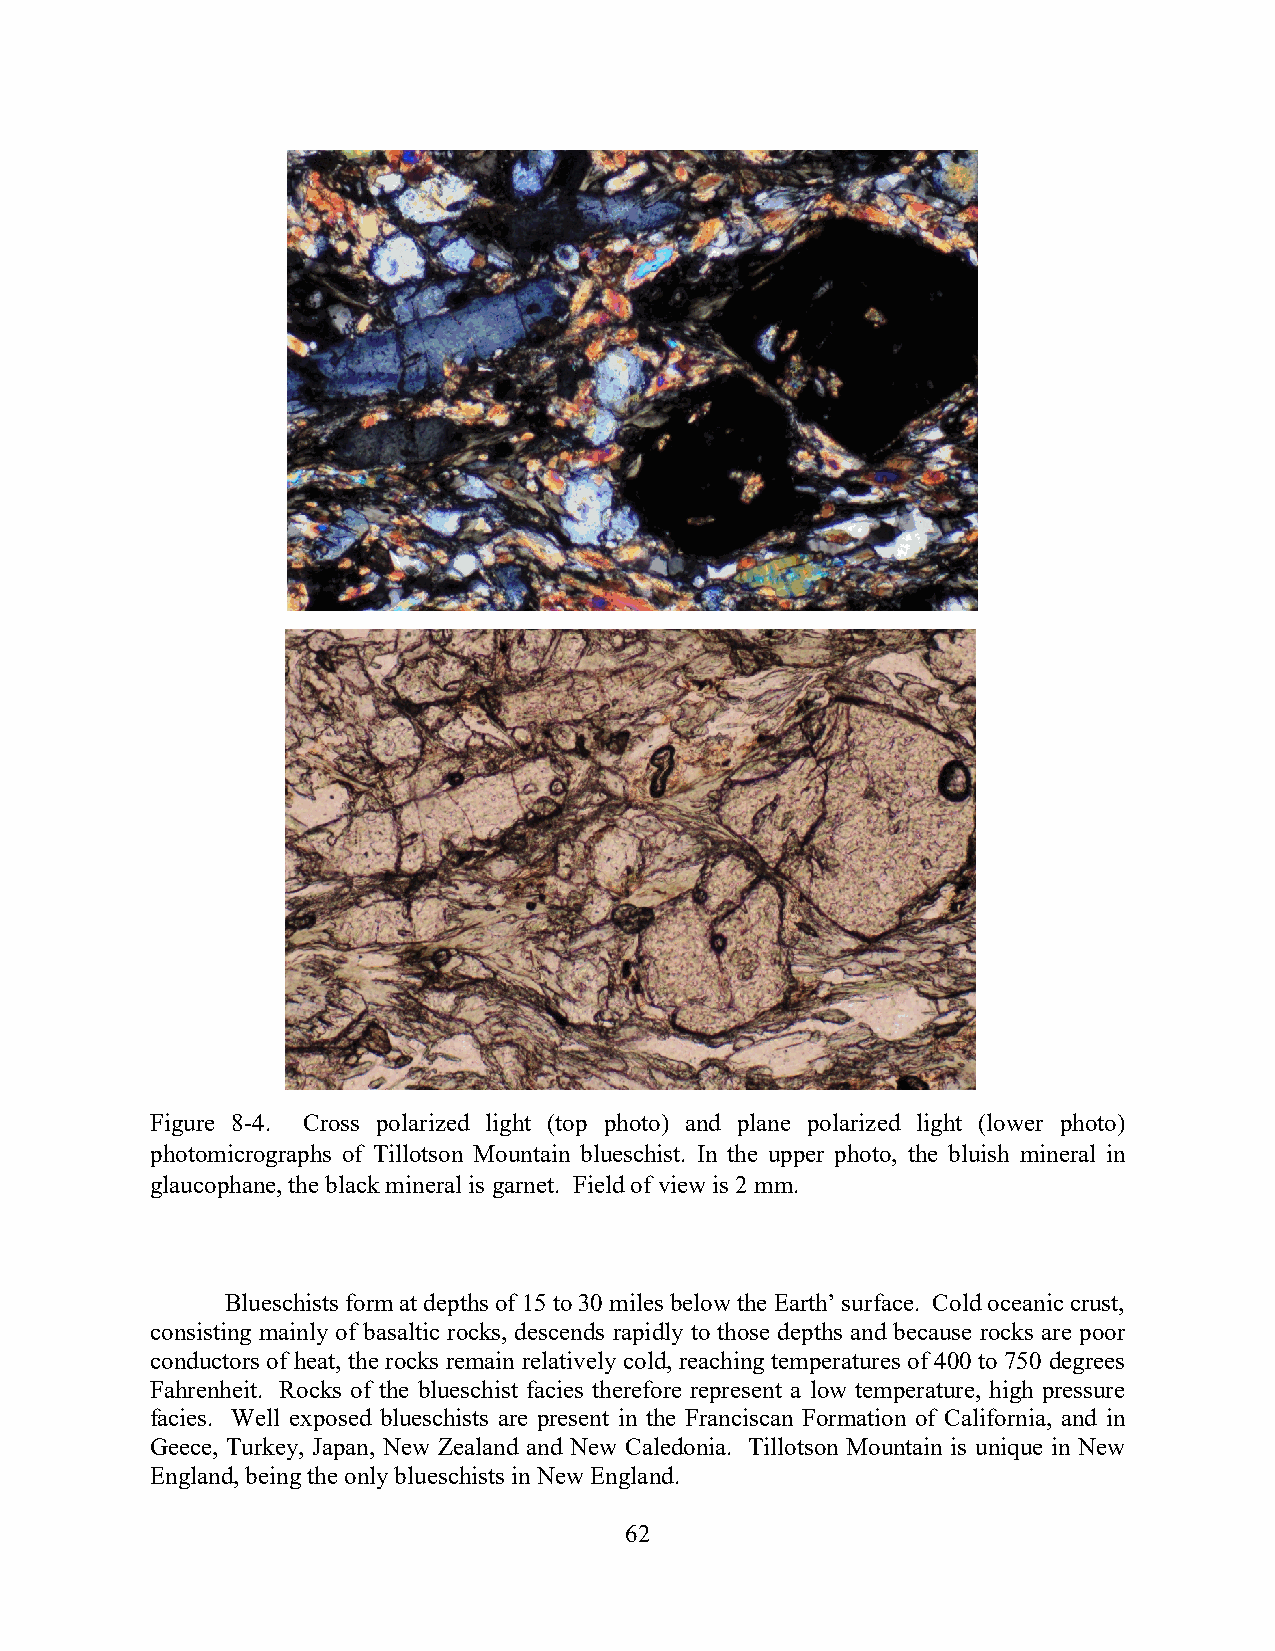
Figure 8-4. Cross polarized light (top photo) and plane polarized light (lower photo)
 photomicrographs of Tillotson Mountain blueschist. In the upper photo, the bluish mineral in
 glaucophane, the black mineral is garnet. Field of view is 2 mm.
 Blueschists form at depths of 15 to 30 miles below the Earth’ surface. Cold oceanic crust,
 consisting mainly of basaltic rocks, descends rapidly to those depths and because rocks are poor
 conductors of heat, the rocks remain relatively cold, reaching temperatures of 400 to 750 degrees
 Fahrenheit. Rocks of the blueschist facies therefore represent a low temperature, high pressure
 facies. Well exposed blueschists are present in the Franciscan Formation of California, and in
 Geece, Turkey, Japan, New Zealand and New Caledonia. Tillotson Mountain is unique in New
 England, being the only blueschists in New England.
 62